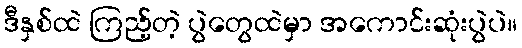
ဒီနှစ်ထဲ ကြည့်တဲ့ ပွဲတွေထဲမှာ အကောင်းဆုံးပွဲပဲ။